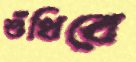
শুঁখিবে